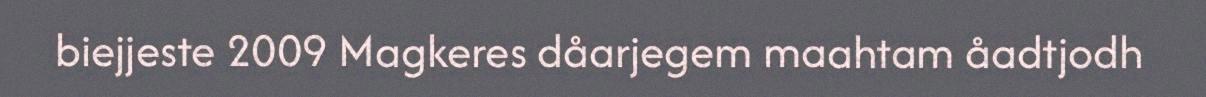
biejjeste 2009 Magkeres dåarjegem maahtam åadtjodh